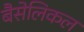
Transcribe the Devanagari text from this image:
बैसेलिकल